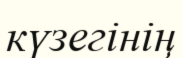
күзегінің